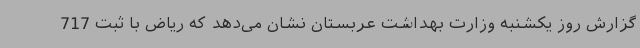
گزارش روز یکشنبه وزارت بهداشت عربستان نشان می‌دهد که ریاض با ثبت 717